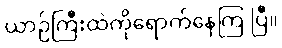
ယာဉ်ကြီးထဲကိုရောက်နေကြ ပြီ။